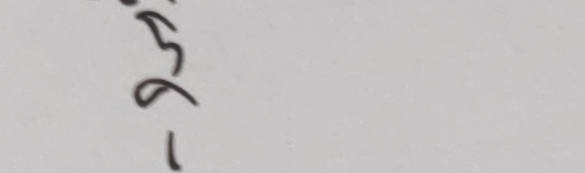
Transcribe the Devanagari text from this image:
-१६३